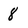
Character: 8